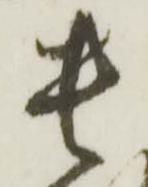
貴